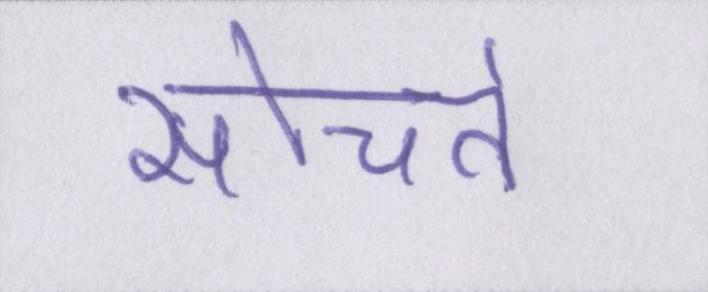
सोचते